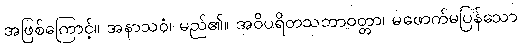
အဖြစ်ကြောင့်။ အနာသဝံ၊ မည်၏။ အဝိပရိတသဘာဝတ္တာ၊ မဖောက်မပြန်သော